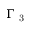
\Gamma _ { \mathrm { ~ 3 ~ } }